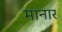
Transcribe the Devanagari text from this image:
मानार